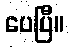
ပေပြီ။